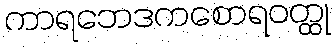
ကာရဘေဒကစောရဝတ္ထု